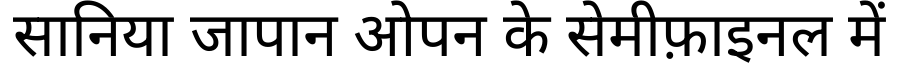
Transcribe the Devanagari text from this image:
सानिया जापान ओपन के सेमीफ़ाइनल में